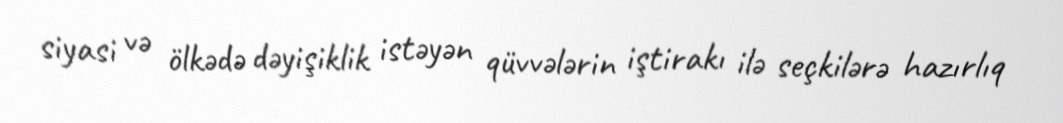
siyasi və ölkədə dəyişiklik istəyən qüvvələrin iştirakı ilə seçkilərə hazırlıq